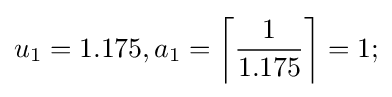
u_{1}=1.175,a_{1}=\left\lceil {\frac {1}{1.175}}\right\rceil =1;